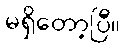
မရှိတော့ပြီ။